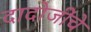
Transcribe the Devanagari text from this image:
दादोजींचे